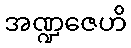
အဏ္ဍဇေဟိ